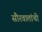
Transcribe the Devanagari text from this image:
सौरवातांची